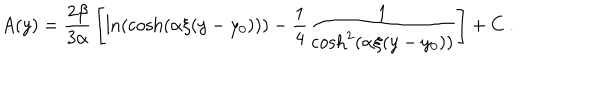
A ( y ) = { \frac { 2 \beta } { 3 \alpha } } \left[ \ln ( \cosh ( \alpha \xi ( y - y _ { 0 } ) ) ) - { \frac { 1 } { 4 } } { \frac { 1 } { \cosh ^ { 2 } ( \alpha \xi ( y - y _ { 0 } ) ) } } \right] + C ~ .